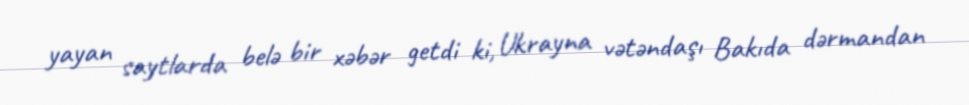
yayan saytlarda belə bir xəbər getdi ki, Ukrayna vətəndaşı Bakıda dərmandan